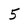
Character: 5